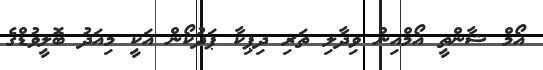
އޯމް ޝާންތީ އޯމްއިން ވިދާލި ތަރި ދިޕިކާ ޕަދުކޯން އަކީ މިއަދު ބޮލީވުޑްގެ